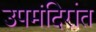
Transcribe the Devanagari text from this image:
उपमंदिरांत